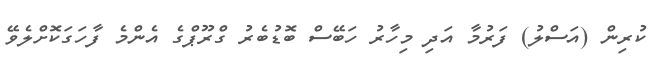
ކުރިން (އަސްލު) ފަރުމާ އަދި މިހާރު ހަބޭސް ބޮޑުބެރު ގްރޫޕްގެ އެންމެ ފާހަގަކޮށްލެވޭ